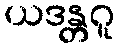
ယဒန္တဂူ